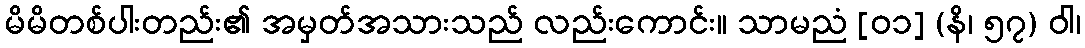
မိမိတစ်ပါးတည်း၏ အမှတ်အသားသည် လည်းကောင်း။ သာမညံ [၀၁] (နိ၊ ၅၇) ဝါ၊